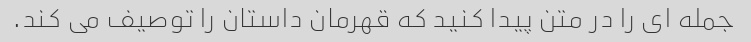
جمله ای را در متن پیدا کنید که قهرمان داستان را توصیف می کند.